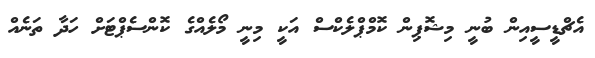
އެޗްޑީސީއިން ބުނީ މިޝޮޕިން ކޮމްޕްލެކްސް އަކީ މިނީ މޯލެއްގެ ކޮންސެޕްޓަށް ހަދާ ތަނެއް